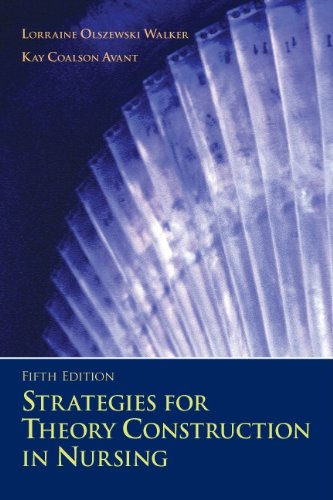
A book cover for Strategies for Theory Construction in Nursing (5th Edition); Lorraine Olszewski Walker; Crafts, Hobbies & Home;